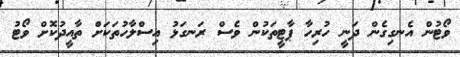
ވޯޓުން އެނގިގެން ދަނީ ހުރިހާ ޕާޓީތަކުން ވެސް ރަނގަޅު އިސްލާހުތަކަށް ތާއީދުކޮށް ވޯޓު